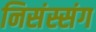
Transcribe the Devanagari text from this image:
निसंस्संग